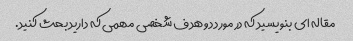
مقاله ای بنویسید که در مورد دو هدف شخصی مهمی که دارید بحث کنید.